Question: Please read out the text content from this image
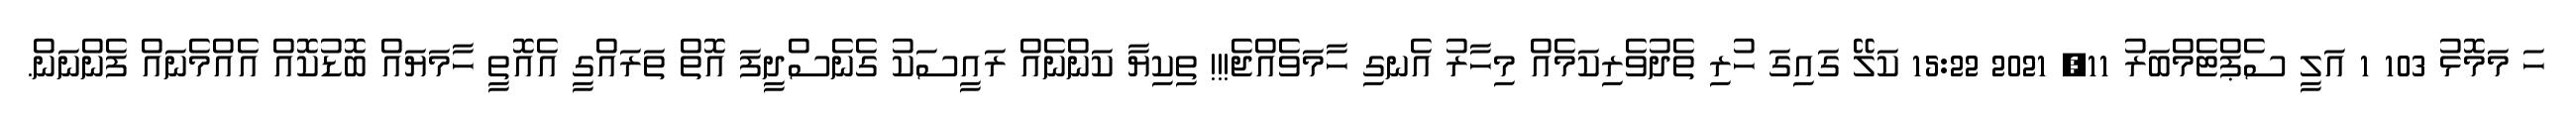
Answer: ހަ މަމޮޅު 103 1 އަލީ ސެޕްޓެމްބަރު 11, 2021 15:22 ކަލޭ ގައިގަ ހުރި ތެދުވެރިކަމެއް މިހާރު އެނގި ހާމަވެއްޖެ!!! ތިކިޔާ ކަންނެއް ރައީސަކު ގެނެސްދީފަ އޮތް ތަރައްގީ އެއޮތީ ހާމަޔައް ބޮޑުކޮއް އެއްމެނައް ފެންނަން.